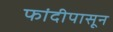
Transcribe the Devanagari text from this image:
फांदीपासून